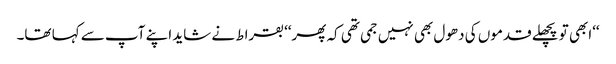
‘‘ابھی تو پچھلے قدموں کی دھول بھی نہیں جمی تھی کہ پھر‘‘ بقراط نے شاید اپنے آپ سے کہا تھا۔